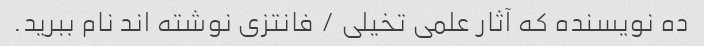
ده نویسنده که آثار علمی تخیلی / فانتزی نوشته اند نام ببرید.